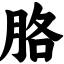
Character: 胳